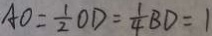
A O = \frac { 1 } { 2 } O D = \frac { 1 } { 4 } B D = 1